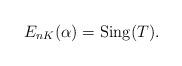
LaTeX: \begin{align*}E_{nK}(\alpha)=\mathrm{Sing}(T).\end{align*}